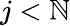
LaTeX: j<\mathbb{N}